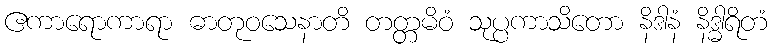
ဧကာရောကာရာ ဓာတုဝသေနာတိ တတ္တမိဝံ သုပ္ပကာသိတော နိဒါနံ နိဒ္ဓါရိတံ